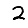
Digit: 2